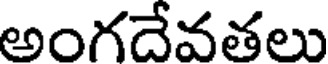
అంగదేవతలు